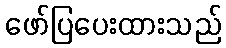
ဖော်ပြပေးထားသည်